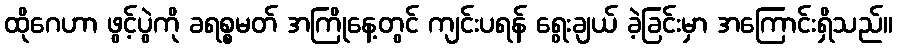
ထိုဂေဟာ ဖွင့်ပွဲကို ခရစ္စမတ် အကြိုနေ့တွင် ကျင်းပရန် ရွေးချယ် ခဲ့ခြင်းမှာ အကြောင်းရှိသည်။